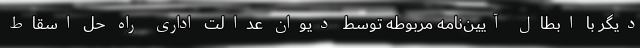
دیگر با ابطال آیین‌نامه مربوطه توسط دیوان عدالت اداری راه حل اسقاط